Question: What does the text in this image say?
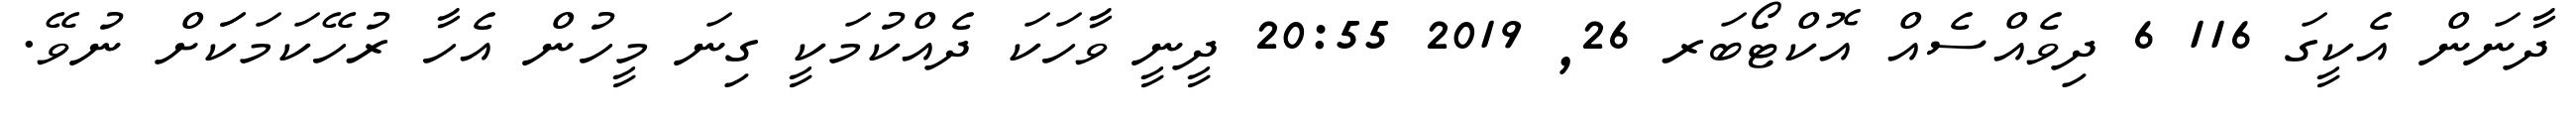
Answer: ދާނަން އެކީގަ 116 6 ދިވެއްސެއް އޮކްޓޯބަރ 26, 2019 20:55 ދީނީ ވާހަކަ ދެއްކުމަކީ ގިނަ މީހުން އެހާ ރުހޭކަމަކަަށް ނުވޭ.